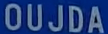
OUJDA